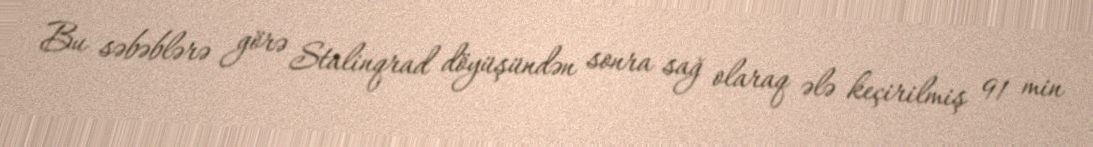
Bu səbəblərə görə Stalinqrad döyüşündən sonra sağ olaraq ələ keçirilmiş 91 min